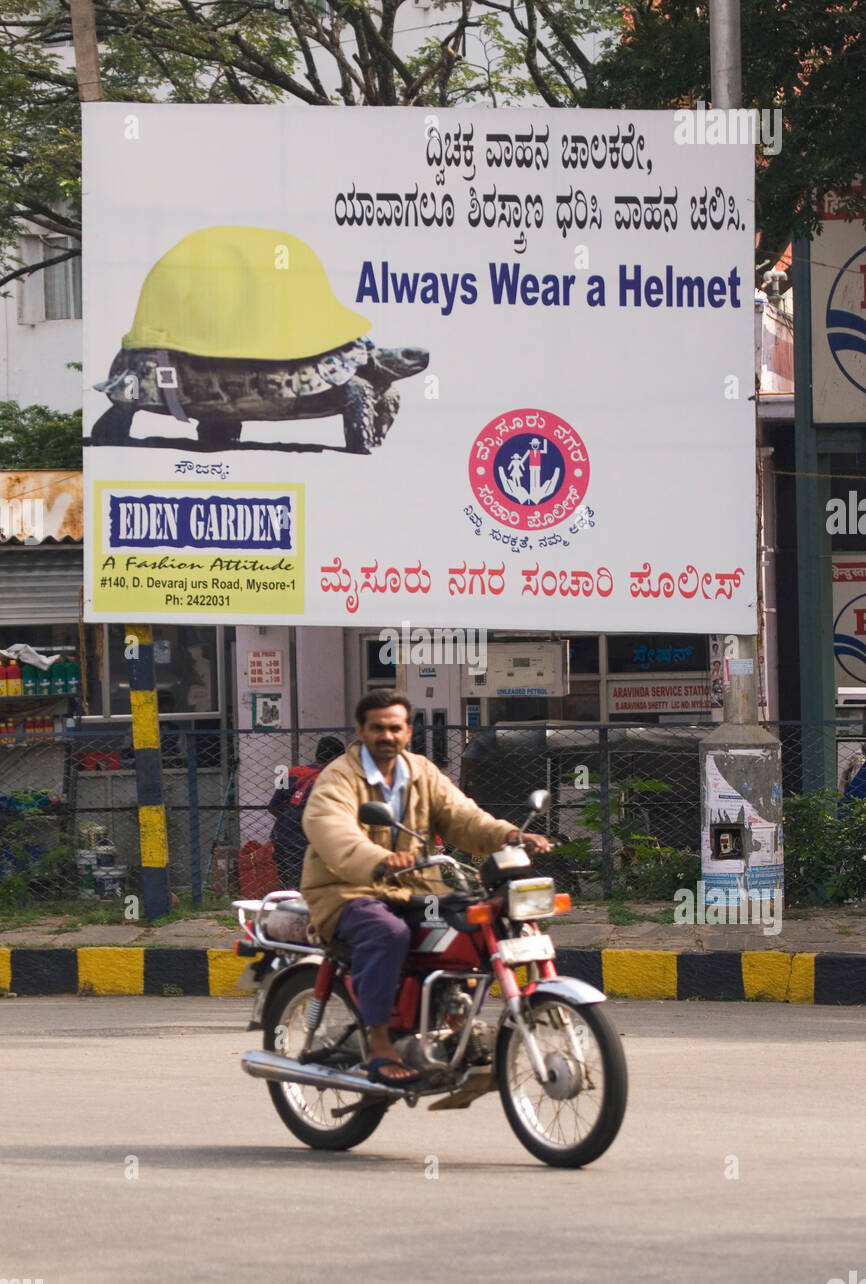
Language: kannada
Transcription: ಸೌಜನ್ಯ: ದ್ವಿಚಕ್ರ ವಾಹನ ಯಾವಾಗಲೂ ವಾಹನ ಚಲಿಸಿ. ಮೈಸೂರು ಸಂಚಾರಿ ಪೊಲೀಸ್ ಶಿರಸ್ತ್ರಾಣ ಧರಿಸಿ ನಗರ ಚಾಲಕರೇ